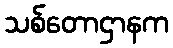
သစ်တောဌာနက